Vaccination in the Punjab 1867-1880 - 1867-1880
Year: 1867
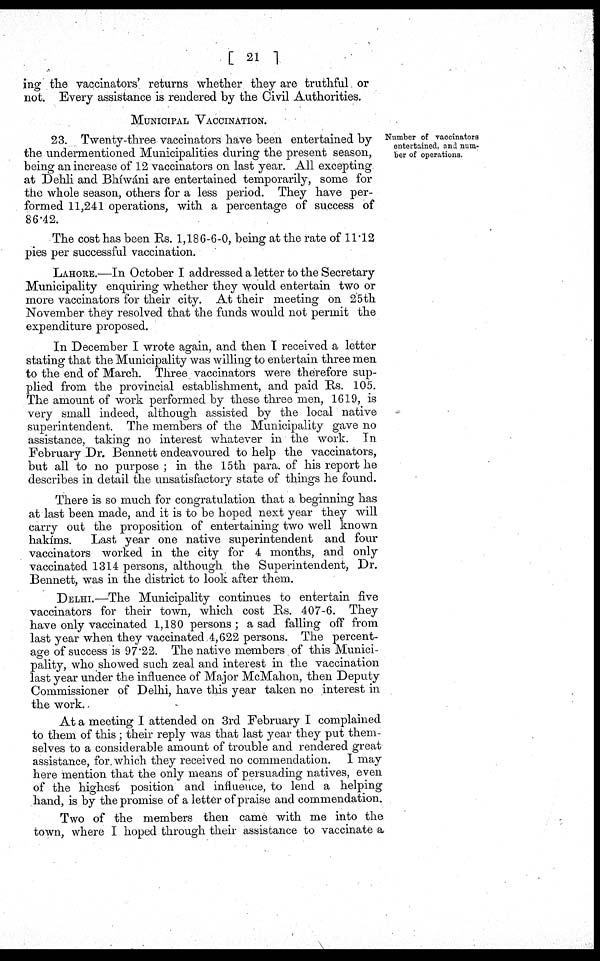
[ 21 ]
ing the vaccinators' returns whether they are truthful or
not. Every assistance is rendered by the Civil Authorities.
MUNICIPAL VACCINATION.
Number of vaccinators
entertained, and num¬
ber of operations.
23. Twenty-three vaccinators have been entertained by
the undermentioned Municipalities during the present season,
being an increase of 12 vaccinators on last year. All excepting
at Dehli and Bhíwáni are entertained temporarily, some for
the whole season, others for a less period. They have per¬
formed 11,241 operations, with a percentage of success of
86.42.
The cost has been Rs. 1,186-6-0, being at the rate of 11.12
pies per successful vaccination.
LAHORE.—In October I addressed a letter to the Secretary
Municipality enquiring whether they would entertain two or
more vaccinators for their city. At their meeting on 25th
November they resolved that the funds would not permit the
expenditure proposed.
In December I wrote again, and then I received a letter
stating that the Municipality was willing to entertain three men
to the end of March. Three vaccinators were therefore sup-
plied from the provincial establishment, and paid Rs. 105.
The amount of work performed by these three men, 1619, is
very small indeed, although assisted by the local native
superintendent. The members of the Municipality gave no
assistance, taking no interest whatever in the work. In
February Dr. Bennett endeavoured to help the vaccinators,
but all to no purpose ; in the 15th para. of his report he
describes in detail the unsatisfactory state of things he found.
There is so much for congratulation that a beginning has
at last been made, and it is to be hoped next year they will
carry out the proposition of entertaining two well known
hakíms. Last year one native superintendent and four
vaccinators worked in the city for 4 months, and only
vaccinated 1314 persons, although the Superintendent, Dr.
Bennett, was in the district to look after them.
DELHI.—The Municipality continues to entertain five
vaccinators for their town, which cost Rs. 407-6. They
have only vaccinated 1,180 persons ; a sad falling off from
last year when they vaccinated 4,622 persons. The percent-
age of success is 97.22. The native members of this Munici-
pality, who showed such zeal and interest in the vaccination
last year under the influence of Major McMahon, then Deputy
Commissioner of Delhi, have this year taken no interest in
the work.
At a meeting I attended on 3rd February I complained
to them of this; their reply was that last year they put them¬
selves to a considerable amount of trouble and rendered great
assistance, for which they received no commendation. I may
here mention that the only means of persuading natives, even
of the highest position and influence, to lend a helping
hand, is by the promise of a letter of praise and commendation.
Two of the members then came with me into the
town, where I hoped through their assistance to vaccinate a